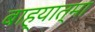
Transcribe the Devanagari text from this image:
बाह्यात्मा